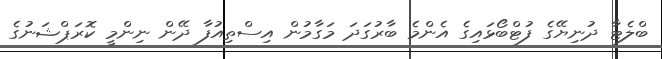
ބްލެޓާ ދުނިޔޭގެ ފުޓްބޯޅައިގެ އެންމެ ބާރުގަދަ މަގާމުން އިސްތިއުފާ ދޭން ނިންމީ ކޮރަޕްޝަނުގެ